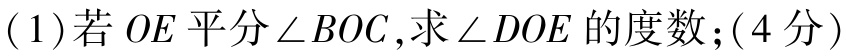
(1)若 \(OE\) 平分 \(\angle BOC\)，求 \(\angle DOE\) 的度数；(4分)